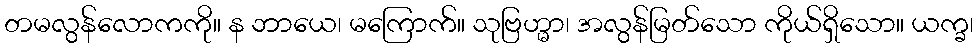
တမလွန်လောကကို။ န ဘာယေ၊ မကြောက်။ သုဗြဟ္မာ၊ အလွန်မြတ်သော ကိုယ်ရှိသော။ ယက္ခ၊